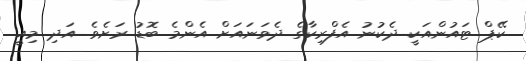
ކޭޕް ޓައުންއަކީ ދެކުނު އެފްރިކާގެ ދެވަނައަށް އެންމެ ބޮޑު ރަށެވެ. އަދި މިއީ